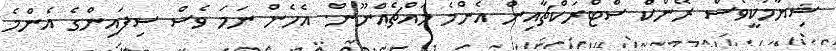
ޝިޔާމަކީވެސް ރޭންކް ސްޓްރަކްޗާއިން އެންމެ މައްޗެއްނޫން. އެހެން ނަމަ ވެސް ސިފައިންގެ އެންމެ